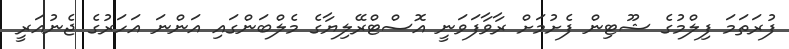
ފުރަތަމަ ފިލްމުގެ ޝޫޓިން ފެށުމަށް ރާވާފަވަނީ އޮސްޓްރޭލިޔާގެ މެލްބަންގައި އަންނަ އަހަރުގެ ޖެނުއަރީ